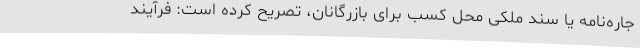
جاره‌نامه یا سند ملکی محل کسب برای بازرگانان، تصریح کرده است: فرآیند